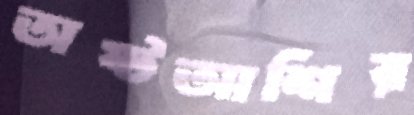
অষ্টআশির